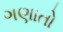
ગણાતો